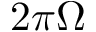
2 \pi \Omega